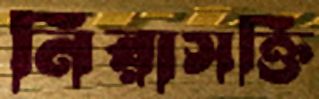
নিরাসক্তি